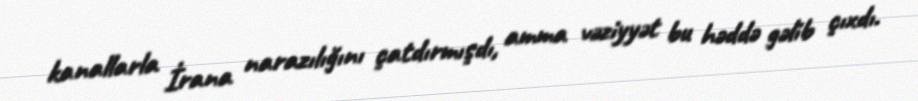
kanallarla İrana narazılığını çatdırmışdı, amma vəziyyət bu həddə gəlib çıxdı.